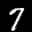
Label: 7